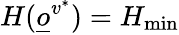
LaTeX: H(\underline{o}^{v^{*}})=H_{\operatorname*{min}}